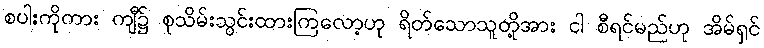
စပါးကိုကား ကျီ၌ စုသိမ်းသွင်းထားကြလော့ဟု ရိတ်သောသူတို့အား ငါ စီရင်မည်ဟု အိမ်ရှင်